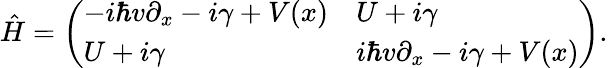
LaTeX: \hat{H}=\left(\begin{array}{ll}{-i\hbar v\partial_{x}-i\gamma+V(x)}&{U+i\gamma}\\ {U+i\gamma}&{i\hbar v\partial_{x}-i\gamma+V(x)}\end{array}\right).